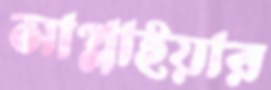
সাপ্লাইয়ার